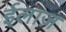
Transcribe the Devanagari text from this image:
ईलाज़